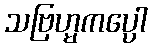
သဗြဟ္မကပ္ပေါ